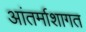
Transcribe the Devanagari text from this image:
आंतर्माशागत